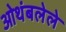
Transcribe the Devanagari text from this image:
ओथंबलेले